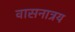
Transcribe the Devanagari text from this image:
वासनात्रय